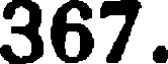
367.